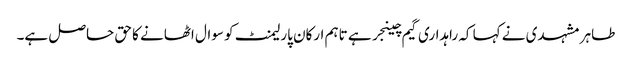
طاہر مشہدی نے کہا کہ راہداری گیم چینجر ہے تاہم ارکان پارلیمنٹ کو سوال اٹھانے کا حق حاصل ہے۔